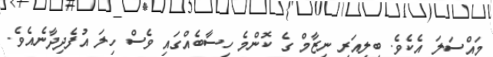
މައްސަލަ އެކެވެ. ބިލިއަރީ ނިޒާމް ގެ ކޮންމެ ހިސާބެއްގައި ވެސް ހިލަ އުފެދިދާނެއެވެ.